Civil Veterinary Department. Madras. Admin. report 1926-33 - 1926-1933
Year: 1926
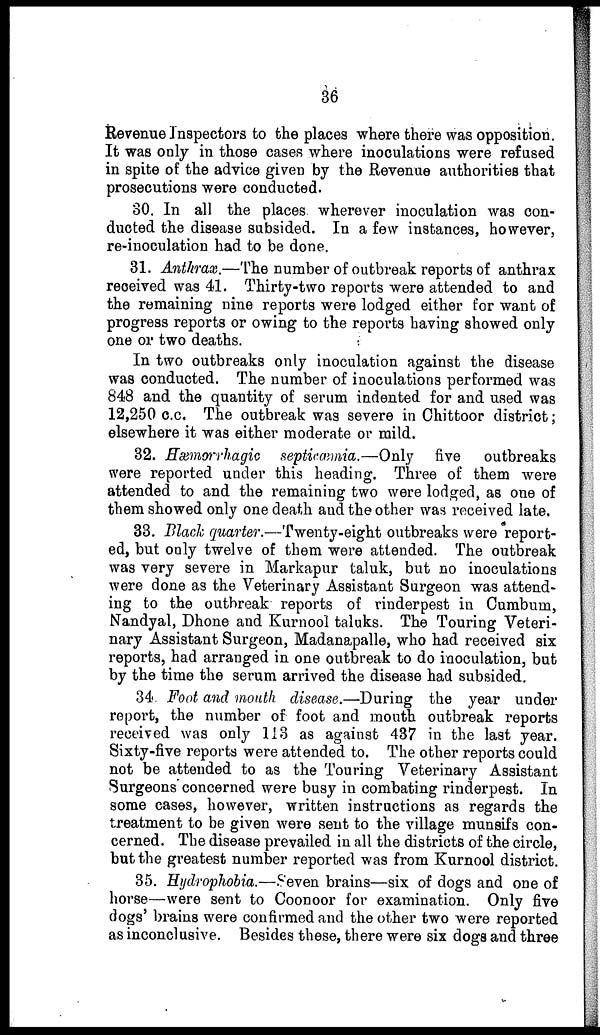
36
Revenue Inspectors to the places where there was opposition.
It was only in those cases where inoculations were refused
in spite of the advice given by the Revenue authorities that
prosecutions were conducted.
80. In all the places wherever inoculation was con-
ducted the disease subsided. In a few instances, however,
re-inoculation had to be done.
31. Anthrax.—The number of outbreak reports of anthrax
received was 41. Thirty-two reports were attended to and
the remaining nine reports were lodged either for want of
progress reports or owing to the reports having showed only
one or two deaths.
In two outbreaks only inoculation against the disease
was conducted. The number of inoculations performed was
848 and the quantity of serum indented for and used was
12,250 c.c. The outbreak was severe in Chittoor district;
elsewhere it was either moderate or mild.
32. Hæmorhagic septicæmia.—Only
five
outbreaks
were reported under this heading. Three of them were
attended to and the remaining two were lodged, as one of
them showed only one death and the other was received late.
33. Black quarter.—Twenty-eight outbreaks were report-
ed, but only twelve of them were attended. The outbreak
was very severe in Markapur taluk, but no inoculations
were done as the Veterinary Assistant Surgeon was attend-
ing to the outbreak reports of rinderpest in Cumbum,
Nandyal, Dhone and Kurnool taluks. The Touring Veteri-
nary Assistant Surgeon, Madanapalle, who had received six
reports, had arranged in one outbreak to do inoculation, but
by the time the serum arrived the disease had subsided.
34. Foot and mouth disease.—During the year under
report, the number of foot and mouth outbreak reports
received was only 113 as against 437 in the last year.
Sixty-five reports were attended to. The other reports could
not be attended to as the Touring Veterinary Assistant
Surgeons concerned were busy in combating rinderpest. In
some cases, however, written instructions as regards the
treatment to be given were sent to the village munsifs con-
cerned. The disease prevailed in all the districts of the circle,
but the greatest number reported was from Kurnool district.
35. Hydrophobia.—Seven brains—six of dogs and one of
horse—were sent to Coonoor for examination. Only five
dogs' brains were confirmed and the other two were reported
as inconclusive. Besides these, there were six dogs and three